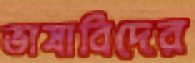
ভাষাবিদের